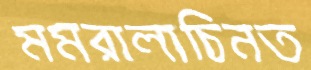
মমরালাচিনত